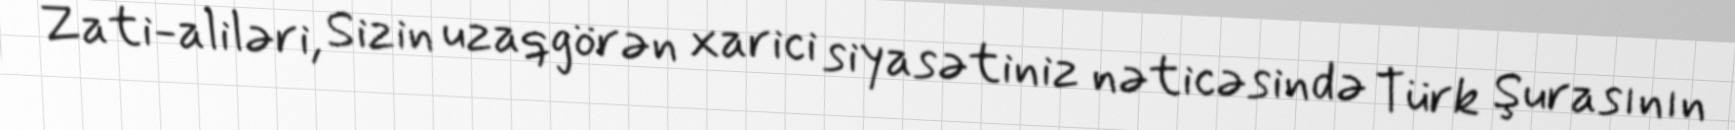
Zati-aliləri, Sizin uzaqgörən xarici siyasətiniz nəticəsində Türk Şurasının